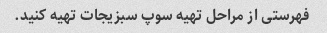
فهرستی از مراحل تهیه سوپ سبزیجات تهیه کنید.